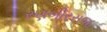
રણબીરરાજ